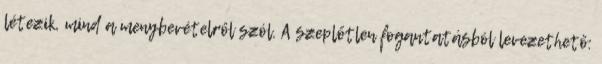
létezik, mind a menybevételről szól. A szeplőtlen fogantatásból levezethető: